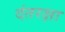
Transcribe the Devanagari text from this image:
दंतरक्षा